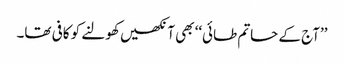
’’آج کے حاتم طائی‘‘ بھی آنکھیں کھولنے کو کافی تھا۔